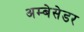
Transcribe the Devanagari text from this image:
अम्बेसेडर